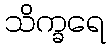
သိက္ခရေ